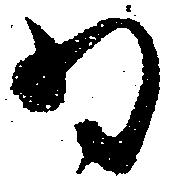
為